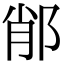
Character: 𨛍